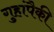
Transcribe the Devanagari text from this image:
गुहांपैकी